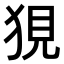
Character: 𤞭